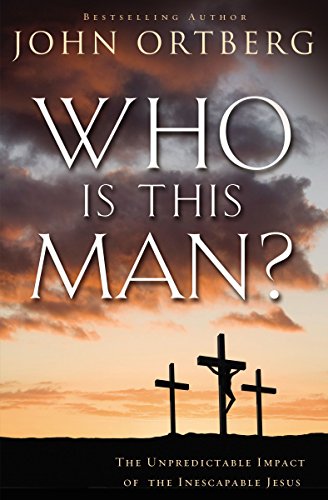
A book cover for Who Is This Man?: The Unpredictable Impact of the Inescapable Jesus; John Ortberg; History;